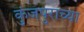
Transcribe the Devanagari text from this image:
कुंजपुराच्या